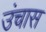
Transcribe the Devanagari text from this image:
उंचास